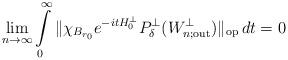
LaTeX: \begin{align*} \lim_{n\rightarrow\infty}\int\limits_0^\infty\|\chi_{B_{r_0}}e^{-itH_0^\perp} P_{\delta }^\perp(W_{n;\textrm{out}}^\perp)\|_{\textrm{op}}\,dt =0\end{align*}